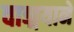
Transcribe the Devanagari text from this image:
वाङ्मयाने